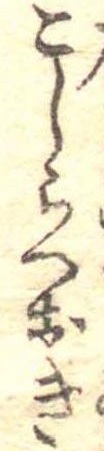
こしらへおき